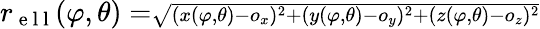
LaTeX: r_{\mathrm{~e~l~l~}}(\varphi,\theta)=\scriptstyle\sqrt{(x(\varphi,\theta)-o_{x})^{2}+(y(\varphi,\theta)-o_{y})^{2}+(z(\varphi,\theta)-o_{z})^{2}}